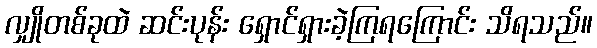
လျှိုတစ်ခုထဲ ဆင်းပုန်း ရှောင်ရှားခဲ့ကြရကြောင်း သိရသည်။